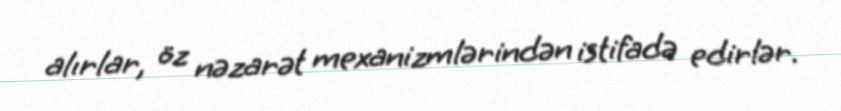
alırlar, öz nəzarət mexanizmlərindən istifadə edirlər.